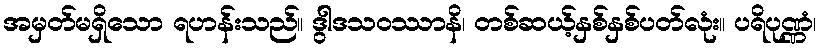
အမှတ်မရှိသော ရဟန်းသည်။ ဒွါဒသဝဿာနိ၊ တစ်ဆယ့်နှစ်နှစ်ပတ်လုံး။ ပရိပုဏ္ဏံ၊